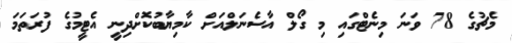
މެޗުގެ 78 ވަނަ މިނެޓްގައި މި ގޯލް އާސެނަލްއަށް ކާމިޔާބުކޮށްދިނީ އެޓީމުގެ ފުރަތަމަ